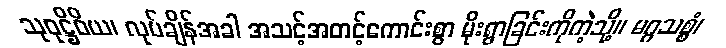
သုဝုဋ္ဌိဝိယ၊ လုပ်ချိန်အခါ အသင့်အတင့်ကောင်းစွာ မိုးရွာခြင်းကိုကဲ့သို့။ မဂ္ဂသစ္စံ၊